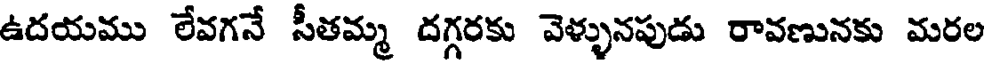
ఉదయము లేవగనే సీతమ్మ దగ్గరకు వెళ్ళునపుడు రావణునకు మరల